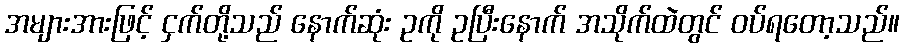
အများအားဖြင့် ငှက်တို့သည် နောက်ဆုံး ဥကို ဥပြီးနောက် အသိုက်ထဲတွင် ဝပ်ရတော့သည်။